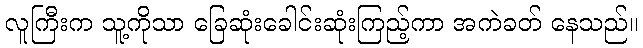
လူကြီးက သူ့ကိုသာ ခြေဆုံးခေါင်းဆုံးကြည့်ကာ အကဲခတ် နေသည်။